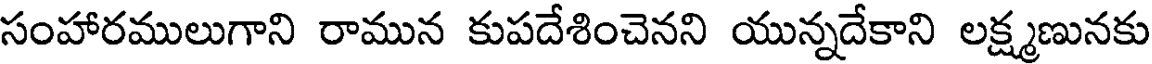
సంహారములుగాని రామున కుపదేశించెనని యున్నదేకాని లక్ష్మణునకు